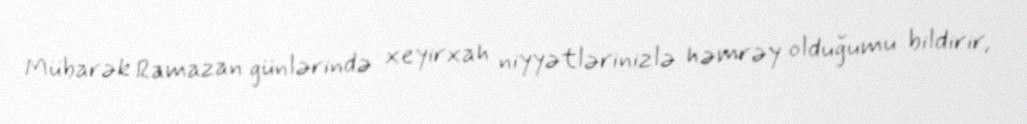
Mübarək Ramazan günlərində xeyirxah niyyətlərinizlə həmrəy olduğumu bildirir,